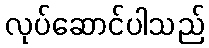
လုပ်ဆောင်ပါသည်